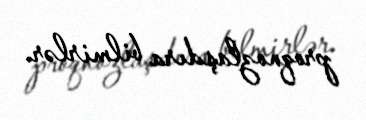
proqnozlaşdıra bilmirlər.